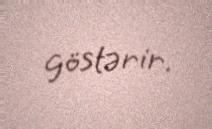
göstərir.